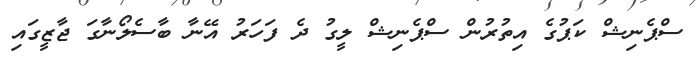
ސްޕެނިޝް ކަޕުގެ އިތުރުން ސްޕެނިޝް ލީގު ދެ ފަހަރު އޭނާ ބާސެލޯނާގަ ޖާޒީގައި